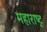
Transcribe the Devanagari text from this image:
महाराष्‍ट्र